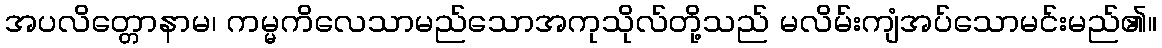
အပလိတ္တောနာမ၊ ကမ္မကိလေသာမည်သောအကုသိုလ်တို့သည် မလိမ်းကျံအပ်သောမင်းမည်၏။